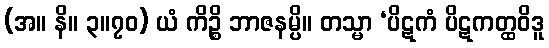
(အ။ နိ။ ၃။၇၀) ယံ ကိဉ္စိ ဘာဇနမ္ပိ။ တသ္မာ ‘ပိဋကံ ပိဋကတ္ထဝိဒူ